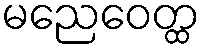
မညေဝေတ္ထ